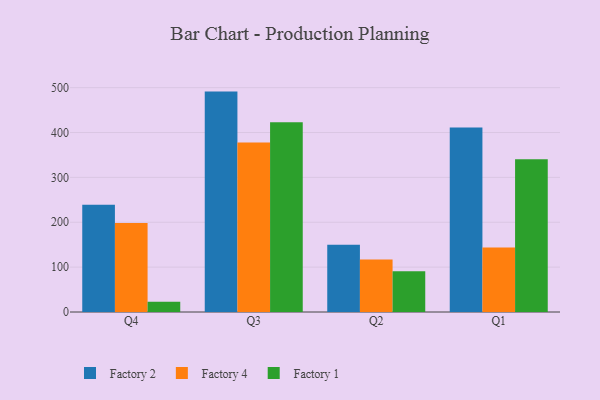
{"axis": {"x": "Quarter", "y": "Tickets Resolved"}, "legend": ["Factory 1", "Factory 2", "Factory 4"], "data": [{"x": "Q4", "y": 238.9, "type": "Factory 2"}, {"x": "Q4", "y": 198.3, "type": "Factory 4"}, {"x": "Q4", "y": 22.9, "type": "Factory 1"}, {"x": "Q3", "y": 491.2, "type": "Factory 2"}, {"x": "Q3", "y": 377.6, "type": "Factory 4"}, {"x": "Q3", "y": 422.8, "type": "Factory 1"}, {"x": "Q2", "y": 150.1, "type": "Factory 2"}, {"x": "Q2", "y": 116.9, "type": "Factory 4"}, {"x": "Q2", "y": 91.0, "type": "Factory 1"}, {"x": "Q1", "y": 411.0, "type": "Factory 2"}, {"x": "Q1", "y": 143.6, "type": "Factory 4"}, {"x": "Q1", "y": 340.6, "type": "Factory 1"}]}